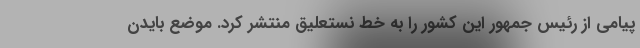
پیامی از رئیس جمهور این کشور را به خط نستعلیق منتشر کرد. موضع بایدن